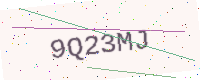
Text: 9Q23MJ